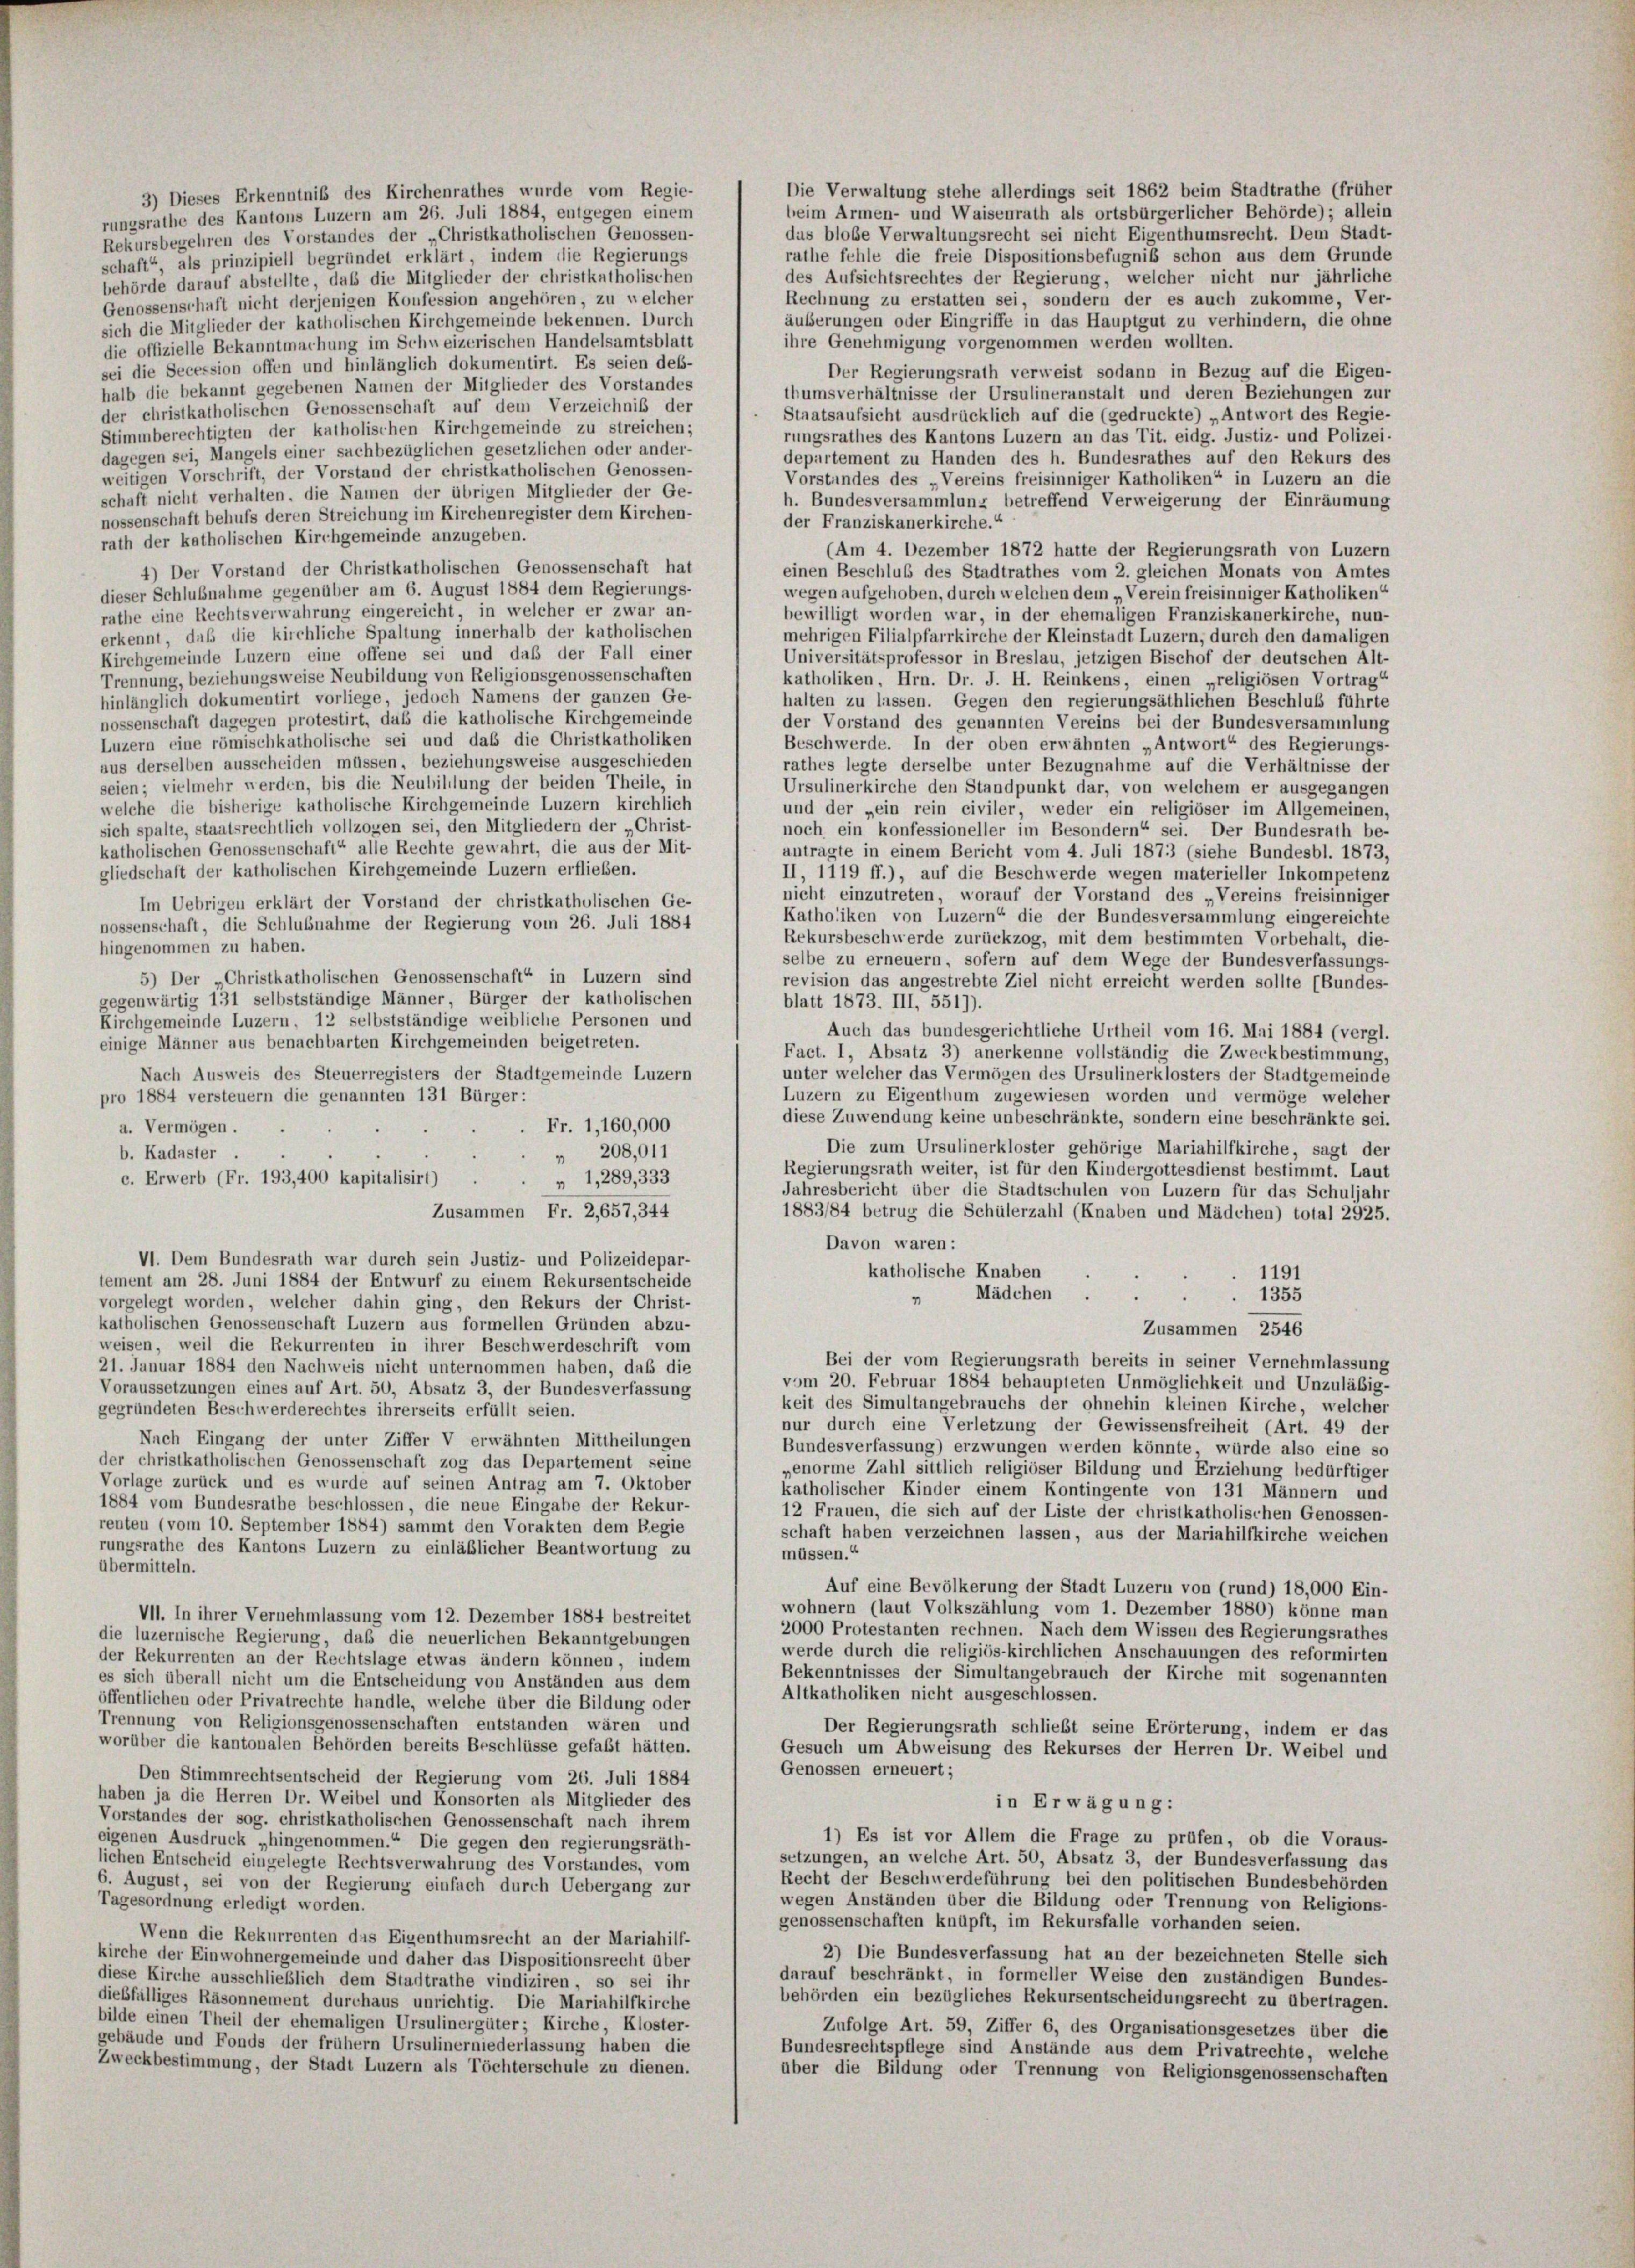
3) Dieses Erkenntniß des Kirchenrathes wurde vom Regie-
rungsrathe des Kantons Luzern am 26. Juli 1884, entgegen einem
Rekursbegehren des Vorstandes der „Christkatholischen Genossen-
schaft“, als prinzipiell begründet erklärt, indem die Regierungs
behörde darauf abstellte, daß die Mitglieder der christkatholischen
Genossenschaft nicht derjenigen Konfession angehören, zu welcher
sich die Mitglieder der katholischen Kirchgemeinde bekennen. Durch
die offizielle Bekanntmachung im Schweizerischen Handelsamtsblatt
ei die Secession offen und hinlänglich dokumentirt. Es seien des-

d.
di
8
2

beim Armen- und Waisenrath als ortsbürgerlicher Behörde); allein
rathe fehle die freie Dispositionsbefugniß schon aus dem Grunde
des Aufsichtsrechtes der Regierung, welcher nicht nur jährliche
Rechnung zu erstatten sei, sondern der es auch zukomme, Ver-
äußerungen oder Eingriffe in das Hauptgut zu verhindern, die ohne
ihre Genehmigung vorgenommen werden wollten.
Der Regierungsrath verweist sodann in Bezug auf die Eigen-
üb die bekannt gegebenen Namen der Mitglieder des Vorstandes
thumsverhältnisse der Ursulineranstalt und deren Beziehungen zur
r christkatholischen Genossenschaft auf dem Verzeichnis der
Staatsaufsicht ausdrücklich auf die (gedruckte) „Antwort des Regie-
immberechtigten der katholischen Kirchgemeinde zu streichen;
rungsrathes des Kantons Luzern an das Tit. eidg. Justiz- und Polizei-
gegen sei, Mangels einer sachbezüglichen gesetzlichen oder ander-
departement zu Handen des h. Bundesrathes auf den Rekurs des
eitigen Vorschrift, der Vorstand der christkatholischen Genossen-
Vorstandes des „Vereins freisinniger Katholiken“ in Luzern an die
haft nicht verhalten, die Namen der übrigen Mitglieder der Ge-
h. Bundesversammlung betreffend Verweigerung der Einräumung
ssenschaft behufs deren Streichung im Kirchenregister dem Kirchen-
der Franziskanerkirche.“
ith der katholischen Kirchgemeinde anzugeben.
Am 4. Dezember 1872 hatte der Regierungsrath von Luzern
4) Der Vorstand der Christkatholischen Genossenschaft hat
einen Beschluß des Stadtrathes vom 2. gleichen Monats von Amtes
ieser Schlußnahme gegenüber am 6. August 1884 dem Regierungs-
wegen aufgehoben, durch welchen dem „Verein freisinniger Katholiken“
the eine Rechtsverwahrung eingereicht, in welcher er zwar an-
bewilligt worden war, in der ehemaligen Franziskanerkirche, nun-
kennt, daß die kirchliche Spaltung innerhalb der katholischen
mehrigen Filialpfarrkirche der Kleinstadt Luzern, durch den damaligen
rchgemeinde Luzern eine offene sei und daß der Fall einer
Universitätsprofessor in Breslau, jetzigen Bischof der deutschen Alt-
rennung, beziehungsweise Neubildung von Religionsgenossenschaften
katholiken, Hrn. Dr. J. H. Reinkens, einen „religiösen Vortrag
nlänglich dokumentirt vorliege, jedoch Namens der ganzen Ge-
halten zu lassen. Gegen den regierungsäthlichen Beschluss führte
ossenschaft dagegen protestirt, daß die katholische Kirchgemeinde
der Vorstand des genannten Vereins bei der Bundesversammlung
zern eine römischkatholische sei und das die Christkatholiken
Beschwerde. In der oben erwähnten „Antwort“ des Regierungs-
us derselben ausscheiden müssen, beziehungsweise ausgeschieden
rathes legte derselbe unter Bezugnahme auf die Verhältnisse der
ien; vielmehr werden, bis die Neubildung der beiden Theile, in
Ursulinerkirche den Standpunkt dar, von welchem er ausgegangen
elche die bisherige katholische Kirchgemeinde Luzern kirchlich
und der „ein rein civiler weder ein religiöser im Allgemeinen,
ch spalte, staatsrechtlich vollzogen sei, den Mitgliedern der „Christ-
noch ein konfessioneller im Besondern“ sei. Der Bundesrath be-
tholischen Genossenschaft“ alle Rechte gewahrt, die aus der Mit-
antragte in einem Bericht vom 4. Juli 1873 (siehe Bundesbl. 1873,
liedschaft der katholischen Kirchgemeinde Luzern erflieben.
II, 1119 ff.), auf die Beschwerde wegen materieller Inkompetenz
nicht einzutreten, worauf der Vorstand des „Vereins freisinniger
Im Uebrigen erklärt der Vorstand der christkatholischen Ge-
Katholiken von Luzern“ die der Bundesversammlung eingereichte
ssenschaft, die Schlußnahme der Regierung vom 26. Juli 1884
Rekursbeschwerde zurückzog, mit dem bestimmten Vorbehalt, die-
ngenommen zu haben.
selbe zu erneuern, sofern auf dem Wege der Bundesverfassungs-
5) Der „Christkatholischen Genossenschaft“ in Luzern sind
revision das angestrebte Ziel nicht erreicht werden sollte (Bundes-
egenwärtig 131 selbstständige Männer Bürger der katholischen
blatt 1873. III, 5517).
irchgemeinde Luzern, 12 selbstständige weibliche Personen und
Auch das bundesgerichtliche Urtheil vom 16. Mai 1884 (vergl.
inige Männer aus benachbarten Kirchgemeinden beigetreten.
Fact. 1, Absatz 3) anerkenne vollständig die Zweckbestimmung,
Nach Ausweis des Steuerregisters der Stadtgemeinde Luzern
unter welcher das Vermögen des Ursulinerklosters der Stadtgemeinde
Luzern zu Eigenthum zugewiesen worden und vermöge welcher
ro 1884 versteuern die genannten 131 Bürger:
diese Zuwendung keine unbeschränkte, sondern eine beschränkte sei.
Fr. 1,160,000
a. Vermögen.
Die zum Ursulinerkloster gehörige Mariahilfkirche, sagt der
b. Kadaster
 208,011
Regierungsrath weiter, ist für den Kindergottesdienst bestimmt. Laut
c. Erwerb (Fr. 193,400 kapitalisirt) .
» 1,289, 333
Jahresbericht über die Stadtschulen von Luzern für das Schuljahr
1883/84 betrug die Schülerzahl (Knaben und Mädchen) total 2925.
Zusammen Fr. 2,657, 344
Davon waren:
VI. Dem Bundesrath war durch sein Justiz- und Polizeidepar-
katholische Knaben
1191
ment am 28. Juni 1884 der Entwurf zu einem Rekursentscheide
Mädchen
1355
"
rgelegt worden, welcher dahin ging, den Rekurs der Christ-
tholischen Genossenschaft Luzern aus formellen Gründen abzu-
Zusammen 2546
eisen, weil die Rekurrenten in ihrer Beschwerdeschrift vom
Bei der vom Regierungsrath bereits in seiner Vernehmlassung
Januar 1884 den Nachweis nicht unternommen haben, daß die
vom 20. Februar 1884 behaupteten Unmöglichkeit und Unzuläßig-
raussetzungen eines auf Art. 50, Absatz 3, der Bundesverfassung
keit des Simultangebrauchs der ohnehin kleinen Kirche, welcher
egründeten Beschwerderechtes ihrerseits erfüllt seien.
nur durch eine Verletzung der Gewissensfreiheit (Art. 49 der
Nach Eingang der unter Ziffer V erwähnten Mittheilungen
Bundesverfassung) erzwungen werden könnte, würde also eine so
r christkatholischen Genossenschaft zog das Departement seine
penorme Zahl sittlich religiöser Bildung und Erziehung bedürftiger
orlage zurück und es wurde auf seinen Antrag am 7. Oktober
katholischer Kinder einem Kontingente von 131 Männern und
884 vom Bundesrathe beschlossen, die neue Eingabe der Rekur-
12 Frauen, die sich auf der Liste der christkatholischen Genossen-
nten (vom 10. September 1884) sammt den Vorakten dem Regie
schaft haben verzeichnen lassen, aus der Mariahilfkirche weichen
ngsrathe des Kantons Luzern zu einläßlicher Beantwortung zu
müssen.“
vermitteln.
Auf eine Bevölkerung der Stadt Luzern von (rund) 18,000 Ein-
wohnern (laut Volkszählung vom 1. Dezember 1880) könne man
VII. In ihrer Vernehmlassung vom 12. Dezember 1884 bestreitet
2000 Protestanten rechnen. Nach dem Wissen des Regierungsrathes
e luzernische Regierung, daß die neuerlichen Bekanntgebungen
werde durch die religiös-kirchlichen Anschauungen des reformirten
r Rekurrenten an der Rechtslage etwas ändern können, indem
Bekenntnisses der Simultangebrauch der Kirche mit sogenannten
s sich überall nicht um die Entscheidung von Anständen aus dem
Altkatholiken nicht ausgeschlossen.
ffentlichen oder Privatrechte handle, welche über die Bildung oder
rennung von Religionsgenossenschaften entstanden wären und
Der Regierungsrath schliebt seine Erörterung, indem er das
orüber die kantonalen Behörden bereits Beschlüsse gefaßt hätten.
Gesuch um Abweisung des Rekurses der Herren Dr. Weibel und
Genossen erneuert;
Den Stimmrechtsentscheid der Regierung vom 26. Juli 1884
aben ja die Herren Dr. Weibel und Konsorten als Mitglieder des
in Erwägung:
rstandes der sog. christkatholischen Genossenschaft nach ihrem
1) Es ist vor Allem die Frage zu prüfen, ob die Voraus-
enen Ausdruck „hingenommen.“ Die gegen den regierungsräth-
setzungen, an welche Art. 50, Absatz 3, der Bundesverfassung das
hen Entscheid eingelegte Rechtsverwahrung des Vorstandes, vom
Recht der Beschwerdeführung bei den politischen Bundesbehörden
August, sei von der Regierung einfach durch Uebergang zur
wegen Anständen über die Bildung oder Trennung von Religions-
agesordnung erledigt worden.
genossenschaften knüpft, im Rekursfalle vorhanden seien.
Wenn die Rekurrenten das Eigenthumsrecht an der Mariahilf-
2) Die Bundesverfassung hat an der bezeichneten Stelle sich
irche der Einwohnergemeinde und daher das Dispositionsrecht über
darauf beschränkt, in formeller Weise den zuständigen Bundes-
se Kirche ausschließlich dem Stadtrathe vindiziren, so sei ihr
behörden ein bezügliches Rekursentscheidungsrecht zu übertragen.
ebfälliges Räsonnement durchaus unrichtig. Die Mariahilfkirche
de einen Theil der ehemaligen Ursulinergüter; Kirche, Kloster-
Zufolge Art. 59, Ziffer 6, des Organisationsgesetzes über die
äude und Fonds der frühem Ursulinerniederlassung haben die
Bundesrechtspflege sind Anstände aus dem Privatrechte, welche
veckbestimmung, der Stadt Luzern als Töchterschule zu dienen.
über die Bildung oder Trennung von Religionsgenossenschaften

Die Verwaltung stehe allerdings seit 1862 beim Stadtrathe (früher
dus bloße Verwaltungsrecht sei nicht Eigenthumsrecht. Dem Stadt-